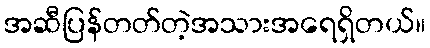
အဆီပြန်တတ်တဲ့အသားအရေရှိတယ်။